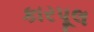
કારપૂલ